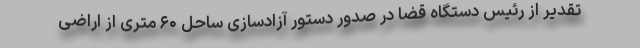
تقدیر از رئیس دستگاه قضا در صدور دستور آزادسازی ساحل ۶۰ متری از اراضی